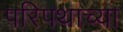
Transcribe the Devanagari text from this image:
परिपथाच्या